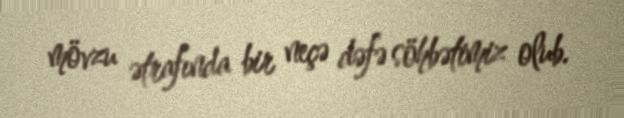
mövzu ətrafında bir neçə dəfə söhbətimiz olub.